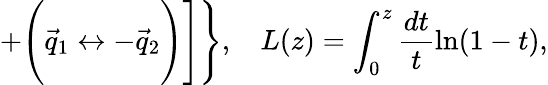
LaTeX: +\Biggl(\vec{q}_{1}\leftrightarrow-\vec{q}_{2}\Biggr)\Biggr]\Biggr\} ,\, \ \ \ L(z)=\int_{0}^{z}\frac{dt}{t}\ln(1-t),